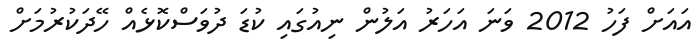
އައަށް ފަހު 2012 ވަނަ އަހަރު އަލުން ނިއުގައި ކުޑަ ދުވަސްކޮޅެއް ހޭދަކުރުމަށް